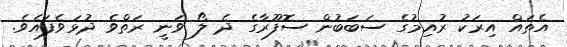
އެތައް އިރަކު ރުއިމުގެ ސަބަބުން ސޮފޫރާގެ ދެ ލޯ ވަނީ ރަތްވެ ދުޅަވެފައެވެ.